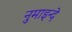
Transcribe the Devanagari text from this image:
नुमाइन्दे